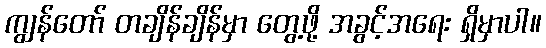
ကျွန်တော် တချိန်ချိန်မှာ တွေ့ဖို့ အခွင့်အရေး ရှိမှာပါ။